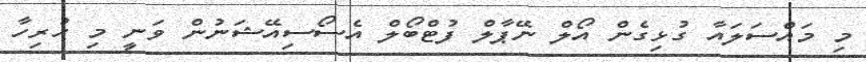
މި މައްސަލައާ ގުޅިގެން އޯލް ނޭޕާލް ފުޓްބޯލް އެސޯސިއޭޝަނުން ވަނީ މި ހުރިހާ